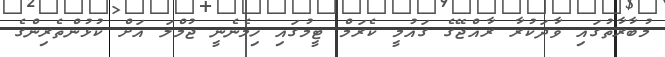
މުބާރާތުގައި ވާދަކުރާ ރާއްޖޭގެ ގައުމީ ކެރަމް ޓީމުގައި ހިމެނެނީ ޖުމްލަ އަށް ކުޅުންތެރިންގެ